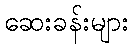
ဆေးခန်းများ